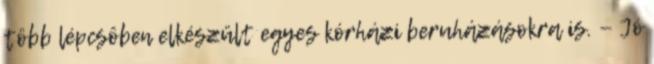
több lépcsôben elkészült egyes kórházi beruházásokra is. — Jó